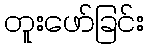
တူးဖော်ခြင်း